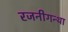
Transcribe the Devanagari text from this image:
रजनीगन्था